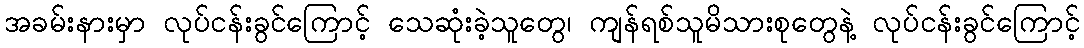
အခမ်းနားမှာ လုပ်ငန်းခွင်ကြောင့် သေဆုံးခဲ့သူတွေ၊ ကျန်ရစ်သူမိသားစုတွေနဲ့ လုပ်ငန်းခွင်ကြောင့်